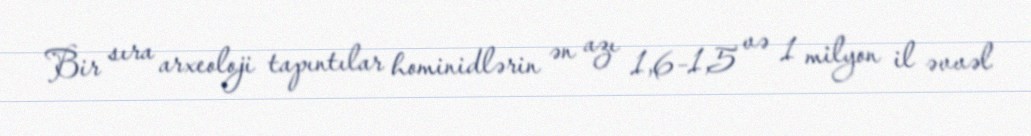
Bir sıra arxeoloji tapıntılar hominidlərin ən azı 1,6–1,5 və 1 milyon il əvvəl